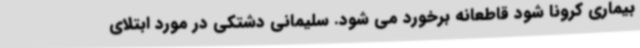
بیماری کرونا شود قاطعانه برخورد می شود. سلیمانی دشتکی در مورد ابتلای